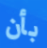
بأن